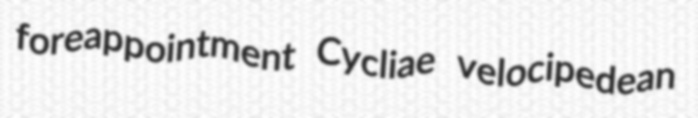
foreappointment Cycliae velocipedean